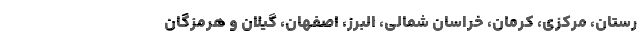
رستان، مرکزی، کرمان، خراسان شمالی، البرز، اصفهان، گیلان و هرمزگان